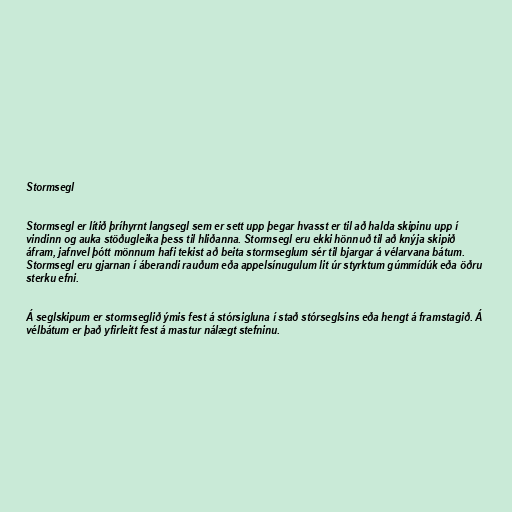
Stormsegl

Stormsegl er lítið þríhyrnt langsegl sem er sett upp þegar hvasst er til að halda skipinu upp í
vindinn og auka stöðugleika þess til hliðanna. Stormsegl eru ekki hönnuð til að knýja skipið
áfram, jafnvel þótt mönnum hafi tekist að beita stormseglum sér til bjargar á vélarvana bátum.
Stormsegl eru gjarnan í áberandi rauðum eða appelsínugulum lit úr styrktum gúmmídúk eða öðru
sterku efni.

Á seglskipum er stormseglið ýmis fest á stórsigluna í stað stórseglsins eða hengt á framstagið. Á
vélbátum er það yfirleitt fest á mastur nálægt stefninu.